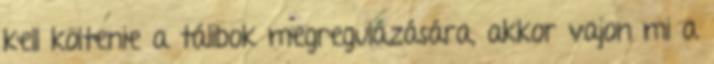
kell költenie a tálibok megregulázására, akkor vajon mi a